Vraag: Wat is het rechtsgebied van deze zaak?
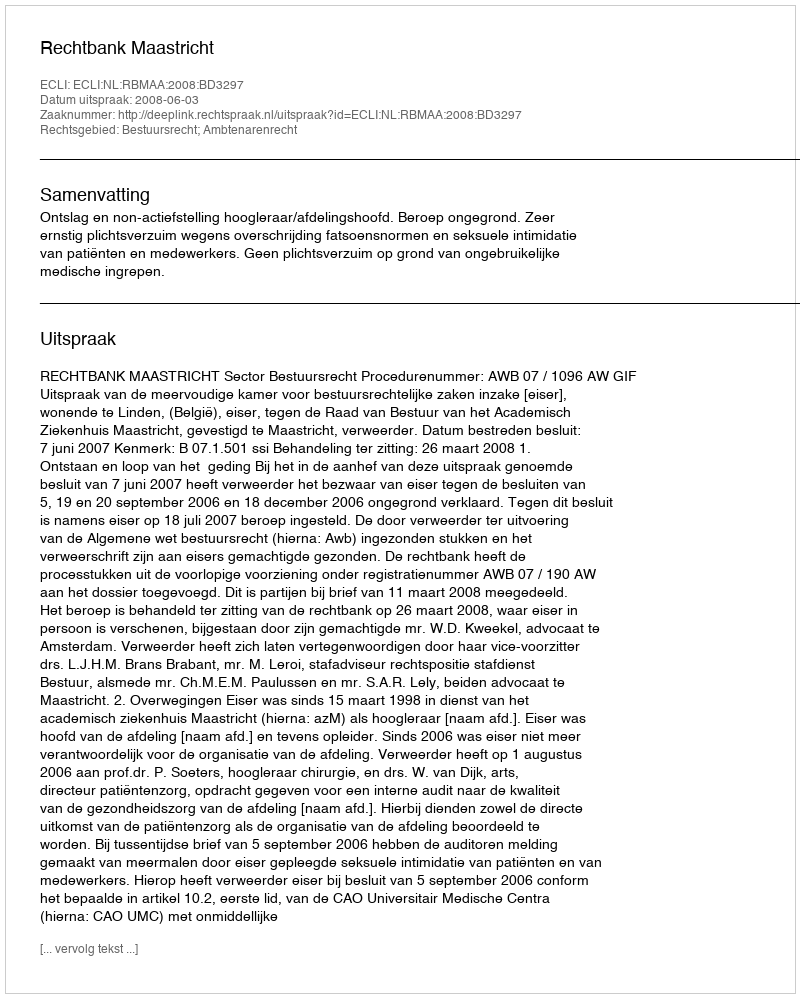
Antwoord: Bestuursrecht; Ambtenarenrecht